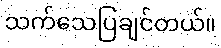
သက်သေပြချင်တယ်။